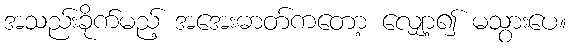
အသည်းခိုက်မည့် အအေးဓာတ်ကတော့ လျှော့၍ မသွားပေ။